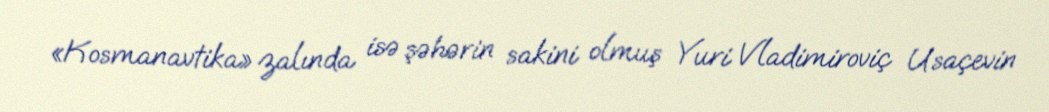
«Kosmanavtika» zalında isə şəhərin sakini olmuş Yuri Vladimiroviç Usaçevin